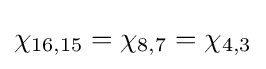
\chi _{16,15}=\chi _{8,7}=\chi _{4,3}